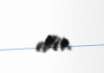
edir.